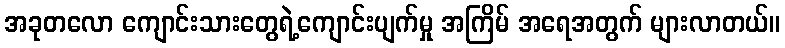
အခုတလော ကျောင်းသားတွေရဲ့ကျောင်းပျက်မှု အကြိမ် အရေအတွက် များလာတယ်။